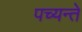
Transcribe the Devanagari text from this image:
पच्यन्ते